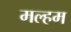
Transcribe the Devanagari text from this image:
मल्हम